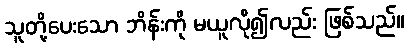
သူတို့ပေးသော ဘိန်းကို မယူလို၍လည်း ဖြစ်သည်။